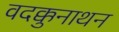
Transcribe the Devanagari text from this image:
वदक्कुनाथन